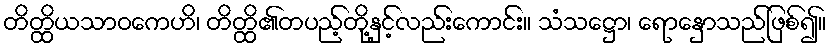
တိတ္ထိယသာဝကေဟိ၊ တိတ္ထိ၏တပည့်တို့နှင့်လည်းကောင်း။ သံသဋ္ဌော၊ ရောနှောသည်ဖြစ်၍။